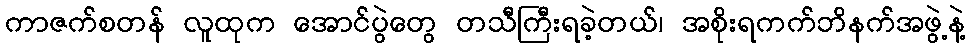
ကာဇက်စတန် လူထုက အောင်ပွဲတွေ တသီကြီးရခဲ့တယ်၊ အစိုးရကက်ဘိနက်အဖွဲ့နဲ့